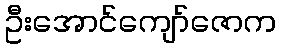
ဦးအောင်ကျော်ဇောက